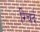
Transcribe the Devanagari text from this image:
रिचर्द